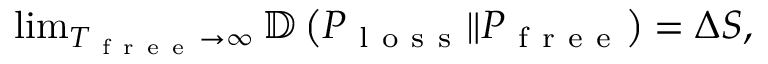
\begin{array} { r } { \operatorname* { l i m } _ { T _ { \mathrm { ~ f ~ r ~ e ~ e ~ } } \rightarrow \infty } \mathbb { D } \left( P _ { \mathrm { ~ l ~ o ~ s ~ s ~ } } \Vert P _ { \mathrm { ~ f ~ r ~ e ~ e ~ } } \right) = \Delta S , } \end{array}